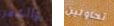
والشعر تحاولين